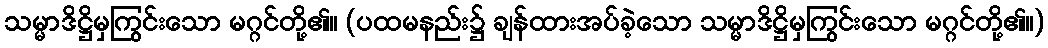
သမ္မာဒိဋ္ဌိမှကြွင်းသော မဂ္ဂင်တို့၏။ (ပထမနည်း၌ ချန်ထားအပ်ခဲ့သော သမ္မာဒိဋ္ဌိမှကြွင်းသော မဂ္ဂင်တို့၏။)